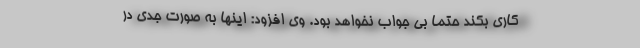
کاری بکند حتما بی جواب نخواهد بود. وی افزود: اینها به صورت جدی در